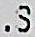
.S